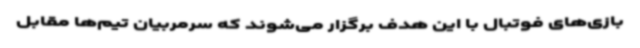
بازی‌های فوتبال با این هدف برگزار می‌شوند که سرمربیان تیم‌ها مقابل